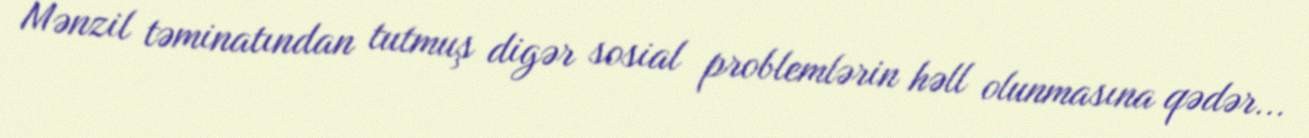
Mənzil təminatından tutmuş digər sosial problemlərin həll olunmasına qədər...